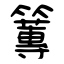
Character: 篿